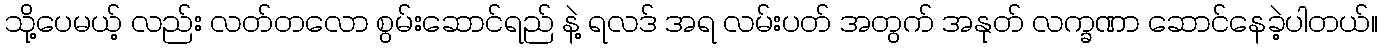
သို့ပေမယ့် လည်း လတ်တလော စွမ်းဆောင်ရည် နဲ့ ရလဒ် အရ လမ်းပတ် အတွက် အနုတ် လက္ခဏာ ဆောင်နေခဲ့ပါတယ်။